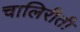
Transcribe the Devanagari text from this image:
चालिरीती